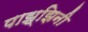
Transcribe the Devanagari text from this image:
पाझ्झिनी